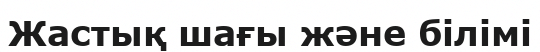
Жастық шағы және білімі